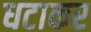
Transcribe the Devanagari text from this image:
धटाकर